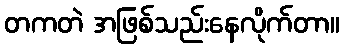
တကတဲ အဖြစ်သည်းနေလိုက်တာ။